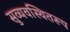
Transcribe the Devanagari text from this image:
सुव्यवस्थितरूप